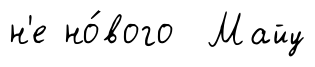
н'е но́вого Майу